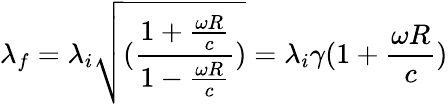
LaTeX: \lambda_{f}=\lambda_{i}\sqrt{(\frac{1+\frac{\omega R}{c}}{1-\frac{\omega R}{c}})}=\lambda_{i}\gamma(1+\frac{\omega R}{c})